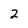
Character: 2